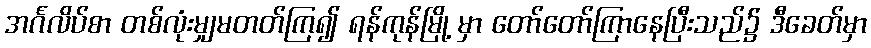
အင်္ဂလိပ်စာ တစ်လုံးမျှမတတ်ကြ၍ ရန်ကုန်မြို့ မှာ တော်တော်ကြာနေပြီးသည်၌ ဒီခေတ်မှာ